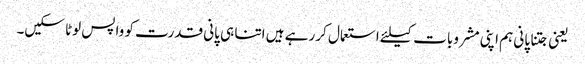
یعنی جتنا پانی ہم اپنی مشروبات کیلئے استعمال کر رہے ہیں اتنا ہی پانی قدرت کو واپس لوٹا سکیں۔